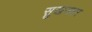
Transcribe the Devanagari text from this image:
सुखनवर